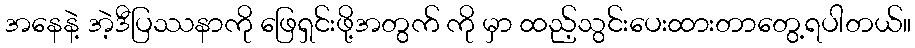
အနေနဲ့ အဲ့ဒီပြဿနာကို ဖြေရှင်းဖို့အတွက် ကို မှာ ထည့်သွင်းပေးထားတာတွေ့ရပါတယ်။